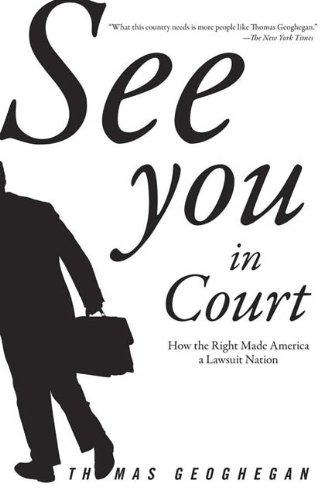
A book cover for See You in Court: How the Right Made America a Lawsuit Nation; Thomas Geoghegan; Law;